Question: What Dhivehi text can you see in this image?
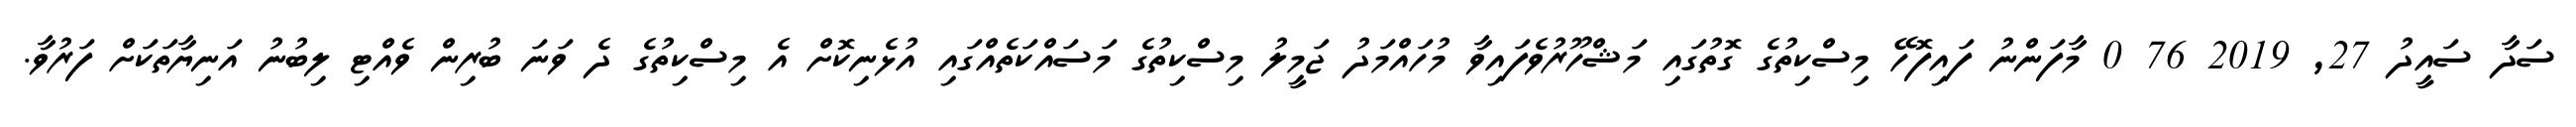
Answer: ސަދާ ސައީދު 27, 2019 76 0 މާފަންނު ފައިފޮހޭ މިސްކިތުގެ ގޮތުގައި މަޝްހޫރުވެފައިވާ މުހައްމަދު ޖަމީލު މިސްކިތުގެ މަސައްކަތެއްގައި އުޅެނިކޮށް އެ މިސްކިތުގެ ދެ ވަނަ ބުރިން ވެއްޓި ލިބުނު އަނިޔާތަކަށް ފަރުވާ.